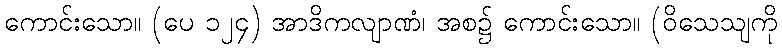
ကောင်းသော။ (ပေ ၁၂၄) အာဒိကလျာဏံ၊ အစ၌ ကောင်းသော။ (ဝိသေသျကို